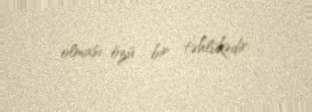
olması özü bir təhlükədir.